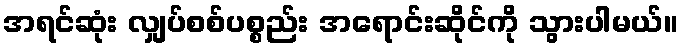
အရင်ဆုံး လျှပ်စစ်ပစ္စည်း အရောင်းဆိုင်ကို သွားပါမယ်။